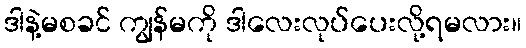
ဒါနဲ့မစခင် ကျွန်မကို ဒါလေးလုပ်ပေးလို့ရမလား။